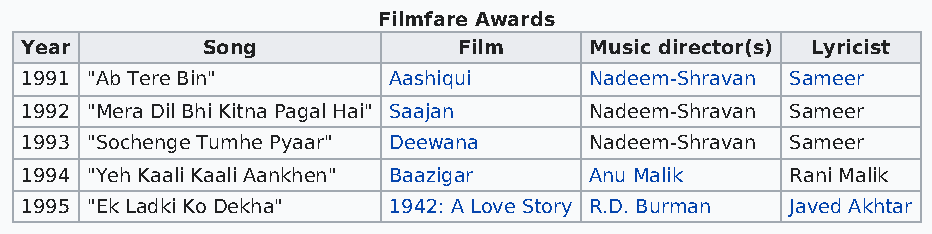
Filmfare Awards
 Year        Song             Film     Music director(s) Lyricist
 1991 "Ab Tere Bin"       Aashiqui     Nadeem-Shravan Sameer
 1992 "Mera Dil Bhi Kitna Pagal Hai" Saajan Nadeem-Shravan Sameer
 1993 "Sochenge Tumhe Pyaar" Deewana   Nadeem-Shravan Sameer
 1994 "Yeh Kaali Kaali Aankhen" Baazigar Anu Malik  Rani Malik
 1995 "Ek Ladki Ko Dekha" 1942: A Love Story R.D. Burman Javed Akhtar